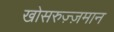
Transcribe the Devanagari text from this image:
खोसरुज़्ज़मान